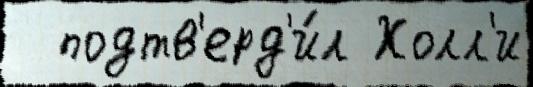
  подтв'ерд'и́л Холл'и